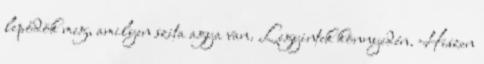
lepődök meg, amilyen szita agya van. Legyintek könnyedén. Hiszen